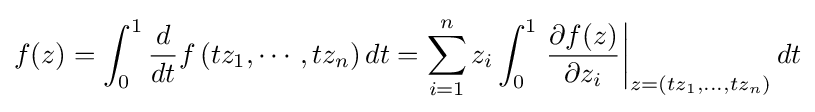
f(z)=\int _{0}^{1}{\frac {d}{dt}}f\left(tz_{1},\cdots ,tz_{n}\right)dt=\sum _{i=1}^{n}z_{i}\int _{0}^{1}\left.{\frac {\partial f(z)}{\partial z_{i}}}\right|_{z=(tz_{1},\ldots ,tz_{n})}dt